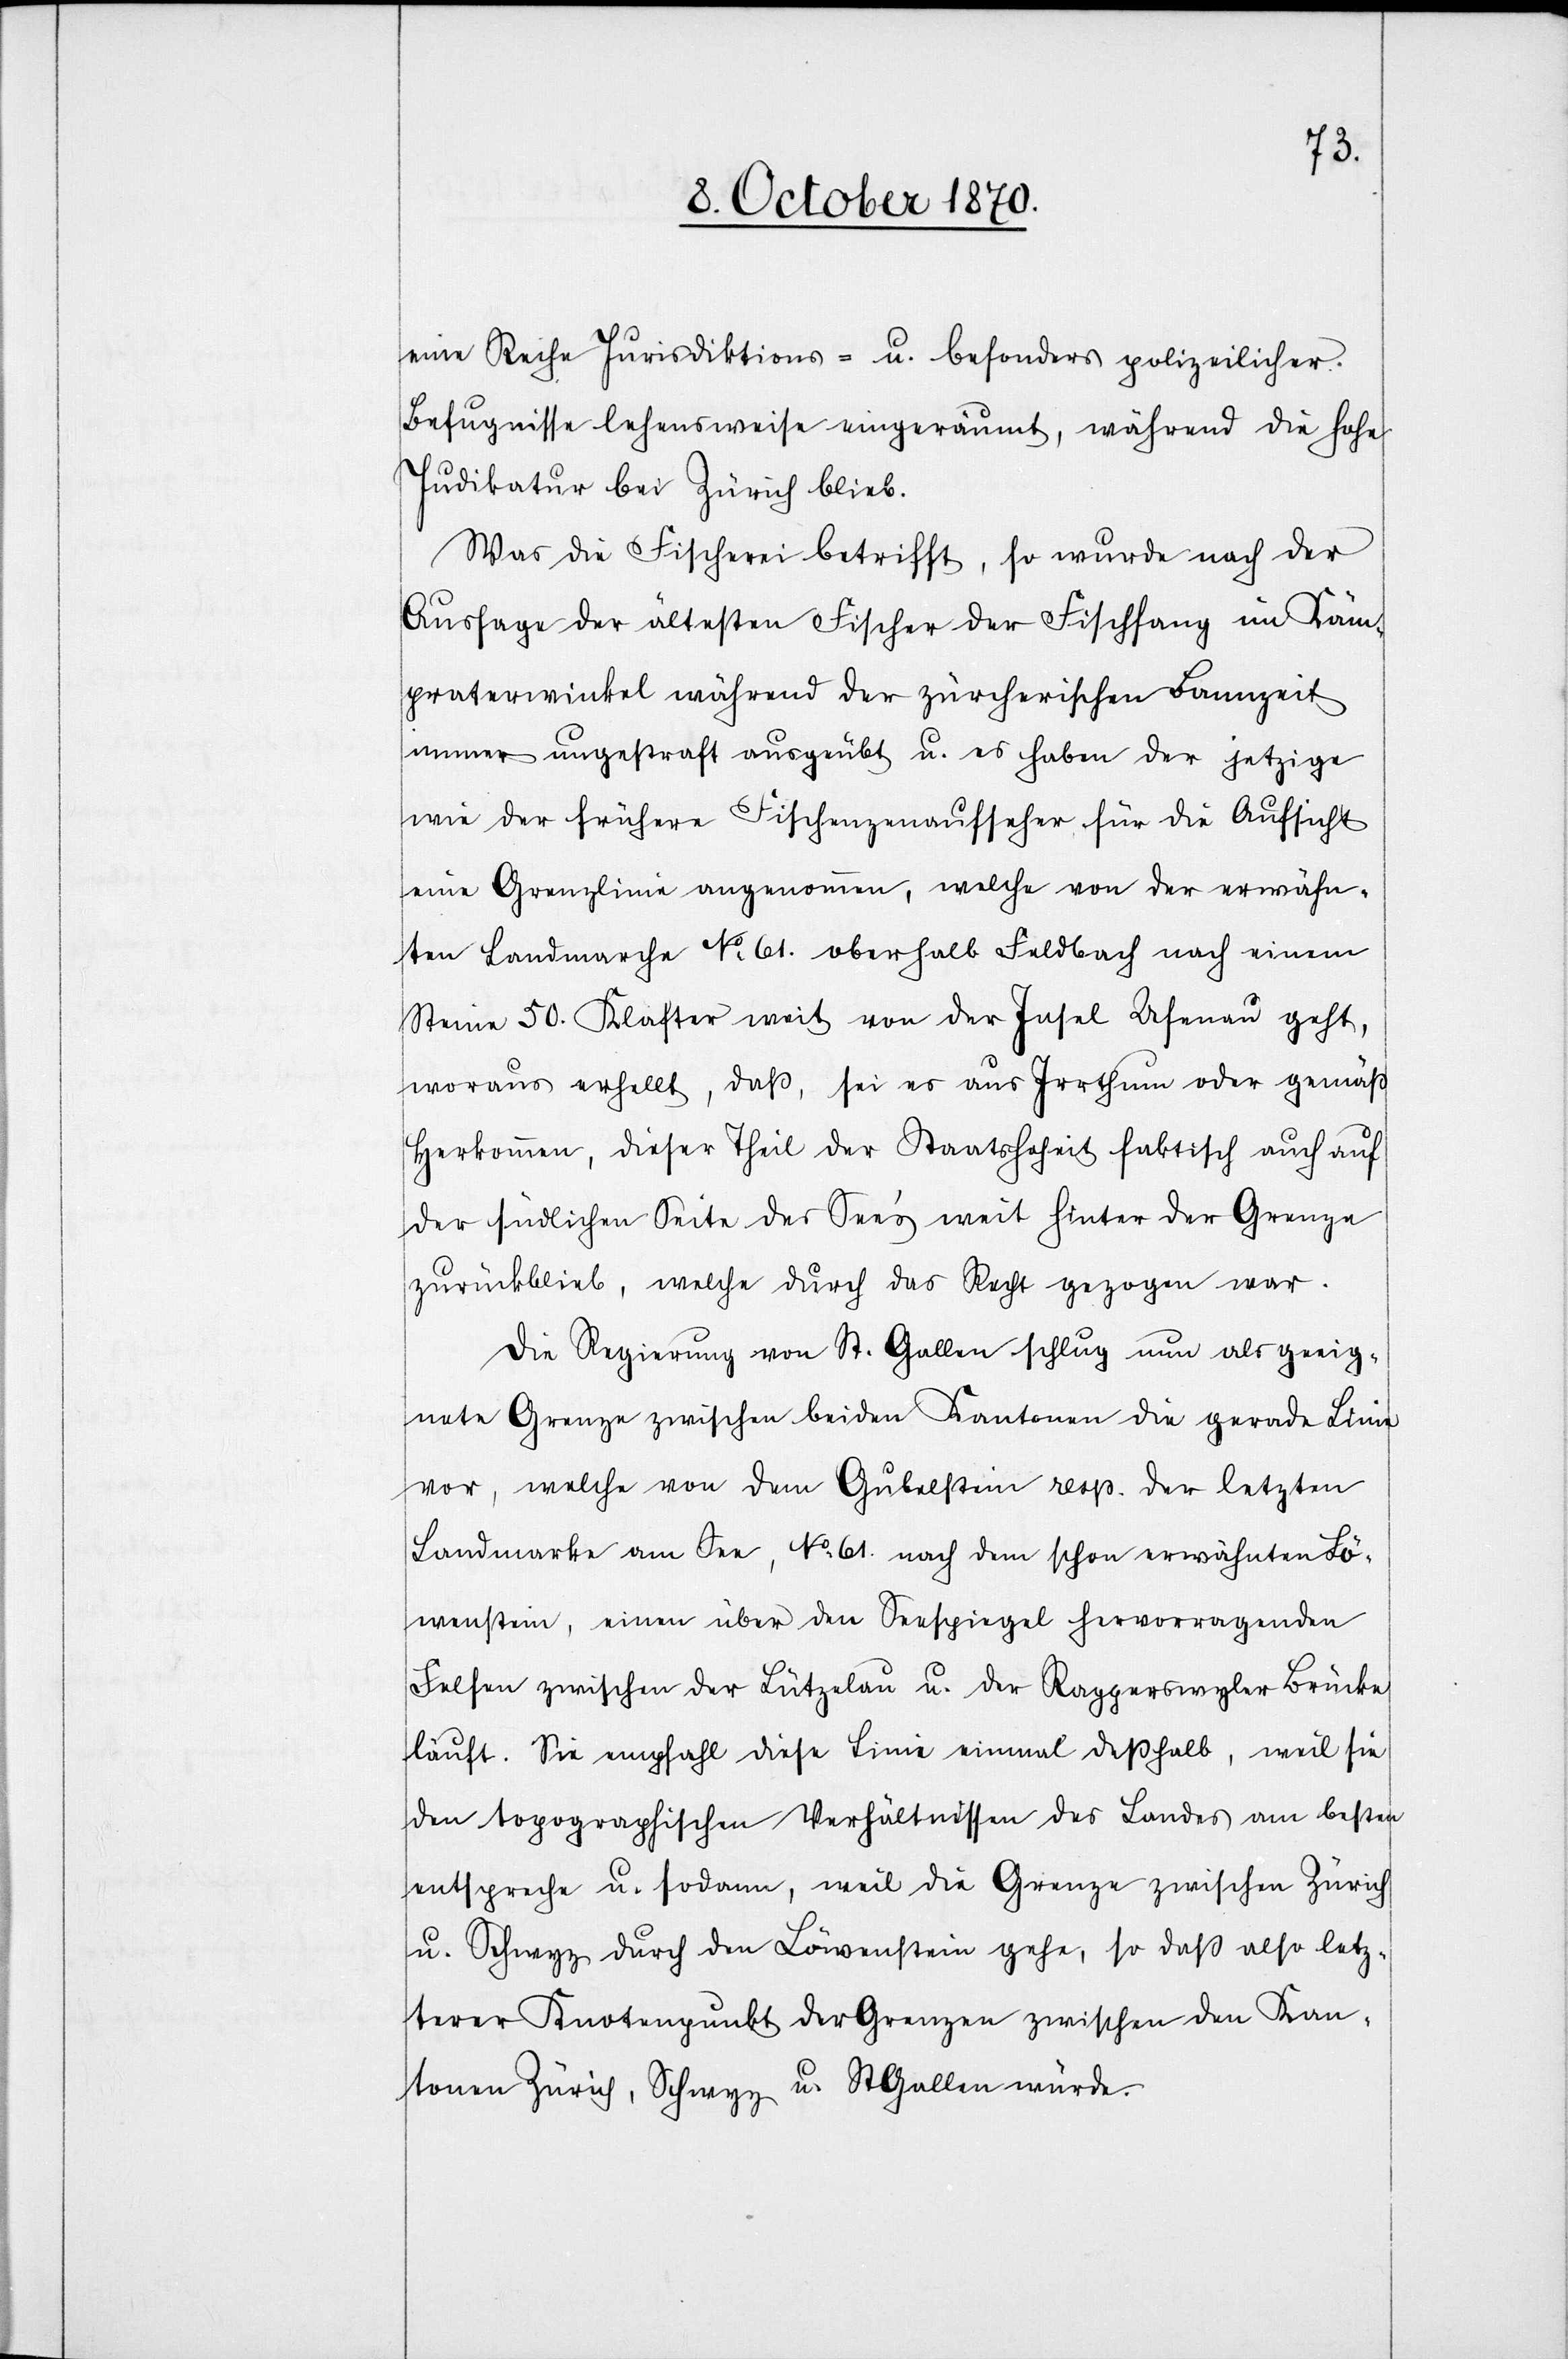
eine Reihe Jurisdiktions- u. besonders polizeilicher
Befugnisse lehensweise eingeräumt, während die hohe
Judikatur bei Zürich blieb.
Was die Fischerei betrifft, so wurde nach der
Aussage der ältesten Fischer der Fischfang im Käm¬
praterwinkel während der zürcherischen Bannzeit
immer ungestraft ausgeübt u. es haben der jetzige
wie der frühere Fischenzenaufseher für die Aufsicht
eine Grenzlinie angenommen, welche von der erwähn¬
ten Landmarche No. 61. oberhalb Feldbach nach einem
Steine 50. Klafter weit von der Insel Ufenau geht,
woraus erhellt, daß, sei es aus Irrthum oder gemäß
Herkommen, dieser Theil der Staatshoheit faktisch auch auf
der südlichen Seite des See’s weit hinter der Grenze
zurückblieb, welche durch das Recht gezogen war.
Die Regierung von St. Gallen schlug nun als geeig¬
nete Grenze zwischen beiden Kantonen die gerade Linie
vor, welche von dem Gubelstein resp. der letzten
Landmarke am See, No 61. nach dem schon erwähnten Hö¬
henstein, einen über den Seespiegel hervorragenden
Felsen zwischen der Lützelau u. der Rapperswyler Brücke
läuft. Sie empfahl diese Linie einmal deßhalb, weil sie
den topographischen Verhältnissen des Landes am besten
entspreche u. sodann, weil die Grenze zwischen Zürich
u. Schwyz durch den Löwenstein gehe, so daß also letz¬
terer Knotenpunkt der Grenze zwischen den Kan¬
tonen Zürich, Schwyz, u. St. Gallen würde.